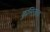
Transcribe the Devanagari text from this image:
कुसिनारा